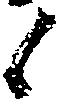
候